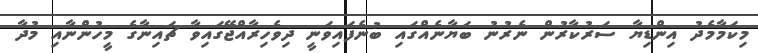
މިކަމާމެދު އިންޑިޔާ ސަރުކާރުން ނެރުނު ބަޔާނެއްގައި ބުނެފައިވަނީ ދިވެހިރާއްޖޭގައިވާ ޗައިނާގެ މީހުންނާއި މުދާ